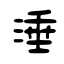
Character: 涶